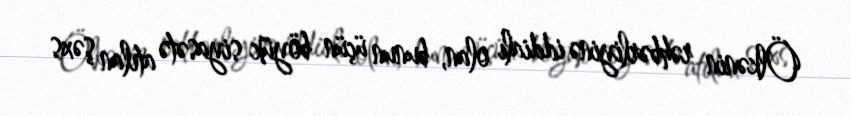
Ölkənin rəhbərliyinə iddialı olan, bunun üçün böyük siyasətə atılan şəxs